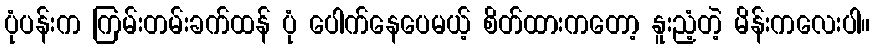
ပုံပန်းက ကြမ်းတမ်းခက်ထန် ပုံ ပေါက်နေပေမယ့် စိတ်ထားကတော့ နူးညံ့တဲ့ မိန်းကလေးပါ။